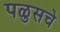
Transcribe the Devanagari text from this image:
पळुसचे